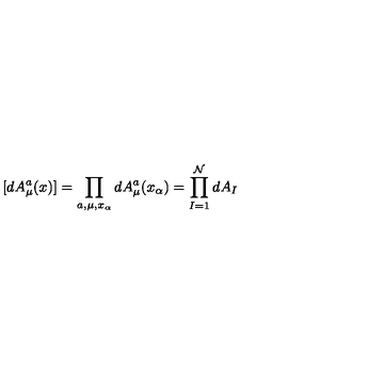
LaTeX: [ d A _ { \mu } ^ { a } ( x ) ] = { \prod _ { a , \mu , x _ { \alpha } } d A _ { \mu } ^ { a } ( x _ { \alpha } ) = { \prod _ { I = 1 } ^ { \mathcal { N } } d A _ { I } } }